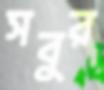
সবুর